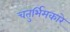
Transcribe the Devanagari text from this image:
चतुर्भिमकारे